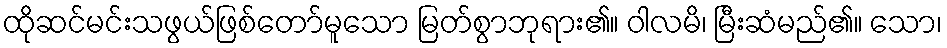
ထိုဆင်မင်းသဖွယ်ဖြစ်တော်မူသော မြတ်စွာဘုရား၏။ ဝါလမိ၊ မြီးဆံမည်၏။ သော၊